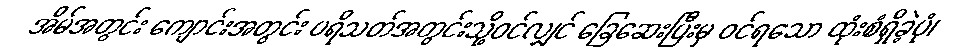
အိမ်အတွင်း ကျောင်းအတွင်း ပရိသတ်အတွင်းသို့ဝင်လျှင် ခြေဆေးပြီးမှ ဝင်ရသော ထုံးစံရှိခဲ့ပုံ၊